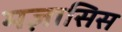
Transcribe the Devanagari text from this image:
मज़ासिस